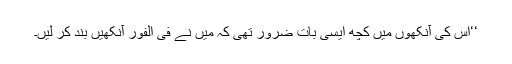
‘‘اس کی آنکھوں میں کچھ ایسی بات ضرور تھی کہ میں نے فی الفور آنکھیں بند کر لیں۔